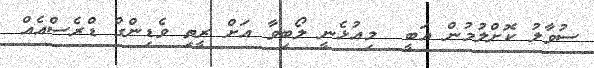
ސުވާލު ކޮށްލުމުން އަބީ  މިއުޅެނީ ލޯބިވާ އަށް ރީތި ވެޑިންގް ޑްރެސްއެއް